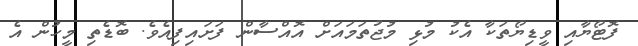
ފޮޓޯޔާއި ވީޑިޔޯތަކާ އެކު މުޅި މުޖުތަމައަށް އޮއްސާން ފަށައިފިއެވެ. ބޮޑެތި މީހުން އެ